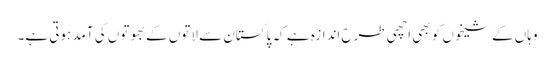
وہاں کے شیخوں کو بھی اچھی طرح اندازہ ہے کہ پاکستان سے لاتوں کے بھوتوں کی آمد ہوتی ہے۔